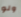
ولو